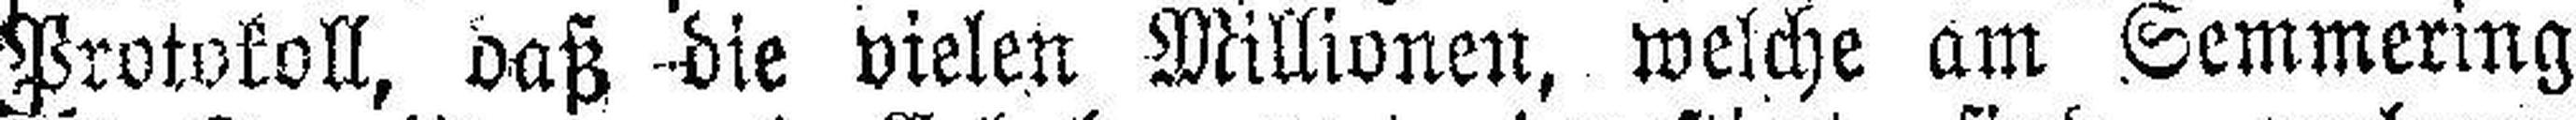
Protokoll, daß die vielen Millionen, welche am Semmering